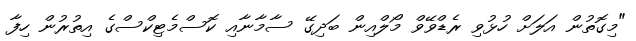
"މިގޮތުން އަލަށް ހުޅުވި ރެޑްވޭވް މޯލްއިން ބަދިގޭ ސާމާނާއި ކޮސްމެޓިކްސްގެ އިތުރުން ހިފާ